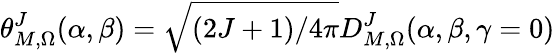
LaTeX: \theta_{M,\Omega}^{J}(\alpha,\beta)=\sqrt{(2J+1)/{4\pi}}D_{M,\Omega}^{J}(\alpha,\beta,\gamma=0)